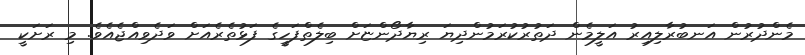
މެންދުރުން އަނބުރާލިއިރު އަލީމެން ދަތުރުކުރަމުންދިޔަ ރިޔާދޯންޏަށް ބިލެތްފަހީގެ ފަޅުތެރެއަށް ވަދެވިއްޖެއެވެ. މި ރަށަކީ